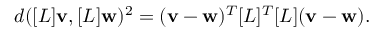
d ( [ L ] \mathbf { v } , [ L ] \mathbf { w } ) ^ { 2 } = ( \mathbf { v } - \mathbf { w } ) ^ { T } [ L ] ^ { T } [ L ] ( \mathbf { v } - \mathbf { w } ) .